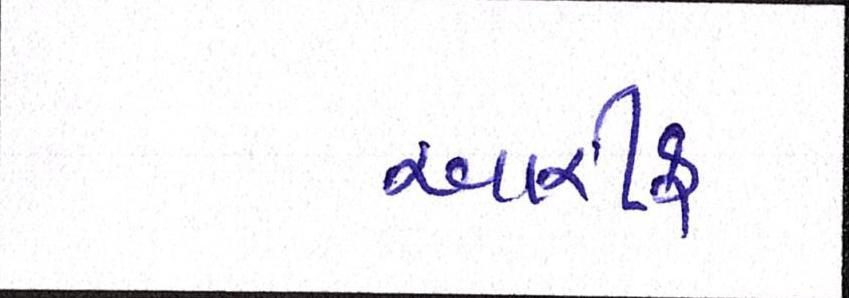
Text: આરીફ